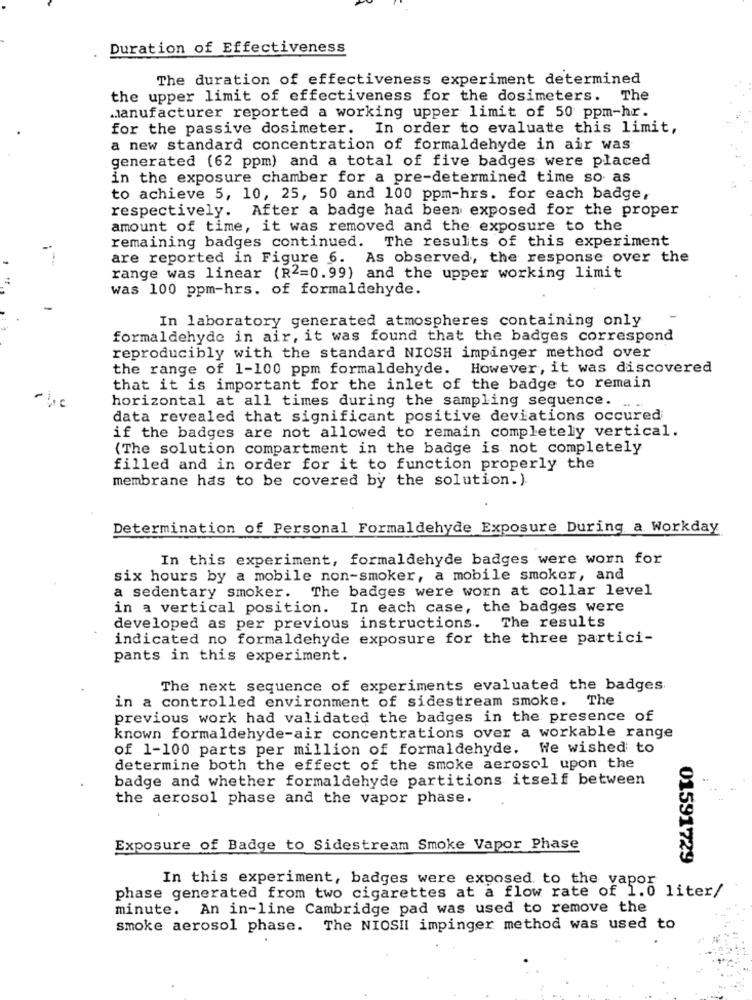
Duration of Effectiveness
The duration of effectiveness experiment determined
the upper limit of effectiveness for the dosimeters. The
Manufacturer reported a working upper limit of 50 ppm-hr.
for the passive dosimeter. In order to evaluate this limit,
a new standard concentration of formaldehyde in air was
generated (62 ppm) and a total of five badges were placed
in the exposure chamber for a pre-determined time so as
to achieve 5, 10, 25, 50 and 100 ppm-hrs. for each badge,
respectively. After a badge had been exposed for the proper
amount of time, it was removed and the exposure to the
remaining badges continued.
The results of this experiment
are reported in Figure 6. As observed, the response over the
range was linear (R2=0.99) and the upper working limit
was 100 ppm-hrs. of formaldehyde.
In laboratory generated atmospheres containing only
formaldehyde in air, it was found that the badges correspond
reproducibly with the standard NIOSH impinger method over
the range of 1-100 ppm formaldehyde. However, it was discovered
that it is important for the inlet of the badge to remain
-
horizontal at all times during the sampling sequence.
--
data revealed that significant positive deviations occured
if the badges are not allowed to remain completely vertical.
(The solution compartment in the badge is not completely
filled and in order for it to function properly the
membrane has to be covered by the solution.)
Determination of Personal Formaldehyde Exposure During a Workday
In this experiment, formaldehyde badges were worn for
six hours by a mobile non-smoker, a mobile smoker, and
a sedentary smoker. The badges were worn at collar level
in a vertical position. In each case, the badges were
developed as per previous instructions. The results
indicated no formaldehyde exposure for the three partici-
pants in this experiment.
The next sequence of experiments evaluated the badges.
in a controlled environment of sidestream smoke. The
previous work had validated the badges in the presence of
known formaldehyde-air concentrations over a workable range
of 1-100 parts per million of formaldehyde. We wished to
determine both the effect of the smoke aerosol upon the
badge and whether formaldehyde partitions itself between
the aerosol phase and the vapor phase.
Exposure of Badge to Sidestream Smoke Vapor Phase
01591729
In this experiment, badges were exposed to the vapor
phase generated from two cigarettes at a flow rate of 1.0 liter/
minute. An in-line Cambridge pad was used to remove the
smoke aerosol phase. The NIOSHI impinger method was used to